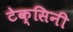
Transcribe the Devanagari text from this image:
टेक्सिनी